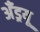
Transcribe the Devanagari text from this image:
अँड्रयू